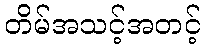
တိမ်အသင့်အတင့်